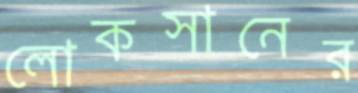
লোকসানের